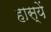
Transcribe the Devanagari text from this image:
हास्यें